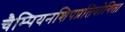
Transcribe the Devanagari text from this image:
चैम्पियनशिपप्रतियोगिता